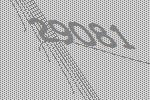
29081